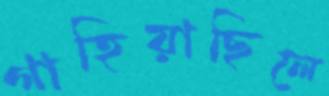
গাহিয়াছিলে